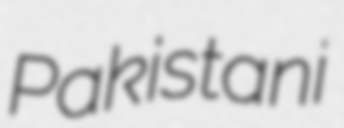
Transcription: Pakistani